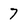
Character: 7